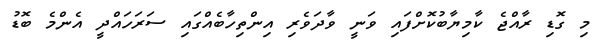
މި ގޮޑި ރާއްޖެ ކާމިޔާބުކޮށްފައި ވަނީ ވާދަވެރި އިންތިހާބެއްގައި ސަރަހައްދީ އެންމެ ބޮޑު